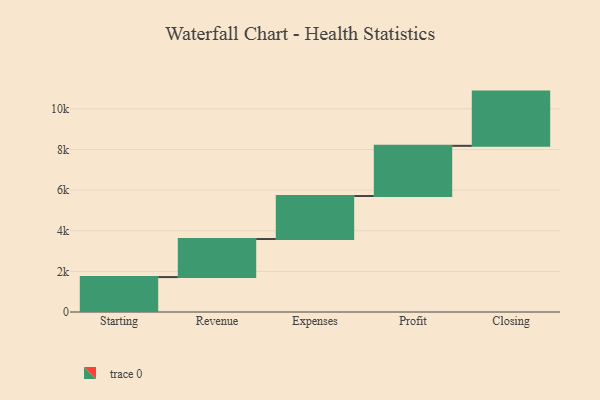
{"axis": {"x": "Step", "y": "Value"}, "legend": [""], "data": [{"x": "Starting", "y": 1719.0, "type": ""}, {"x": "Revenue", "y": 1873.0, "type": ""}, {"x": "Expenses", "y": 2117.0, "type": ""}, {"x": "Profit", "y": 2472.0, "type": ""}, {"x": "Closing", "y": 2669.0, "type": ""}]}